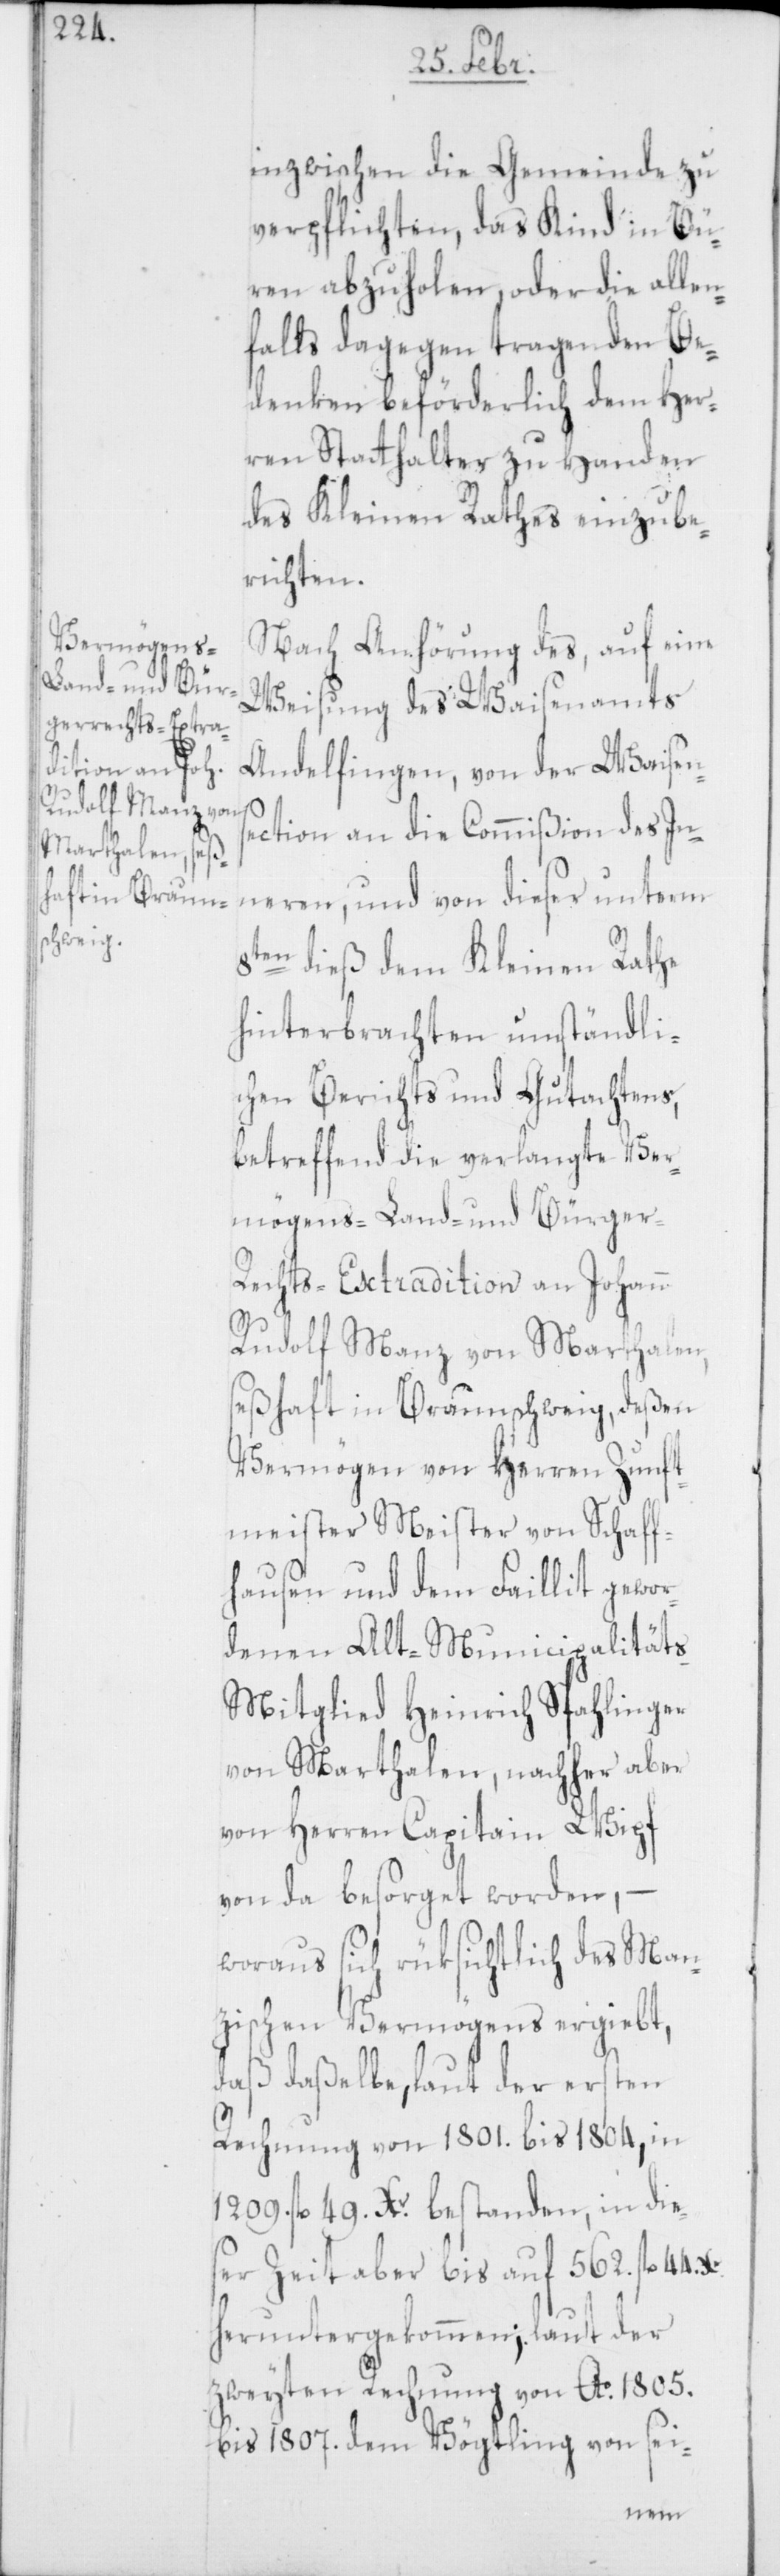
inzwischen die Gemeinde zu
verpflichten, das Kind in Bü¬
ren abzuholen oder die allen¬
falls dagegen tragenden Be¬
denken beförderlich dem Her¬
ren Statthalter zu Handen
des Kleinen Rathes einzube¬
richten.
Nach Anhörung des, auf eine
Weisung des Waisenamts
Andelfingen, von der Waisen¬
s¬
ection an die Commißion des In¬
neren, und von dieser unterm
8ten dieß dem Kleinen Rathe
hinterbrachten umständli¬
chen Berichts und Gutachtens,
betreffend die verlangte Ver¬
mögens-[,] Land- und Bürger-R¬
echts-Extradition an Johann
Rudolf Manz von Marthalen,
seßhaft in Braunschweig, deßen
Vermögen von Herren Zunft¬
meister Meister von Schaff¬
hausen und dem Faillit gewor¬
denen Alt-Municipalität¬
s-Mitglied Heinrich Spahlinger
von Marthalen, nachher aber
von Herren Capitain Wipf
von da besorget worden, –
woraus sich rüksichtlich des Man¬
zischen Vermögens ergiebt,
daß daßelbe, laut der ersten
Rechnung von 1801. bis 1804, in
1209. fl. 49 Xr. bestanden, in die¬
ser Zeit aber bis auf 562 fl.
heruntergekommen; laut der
zweyten Rechnung von Ao 1805.
bis 1807. dem Vögtling von sei-